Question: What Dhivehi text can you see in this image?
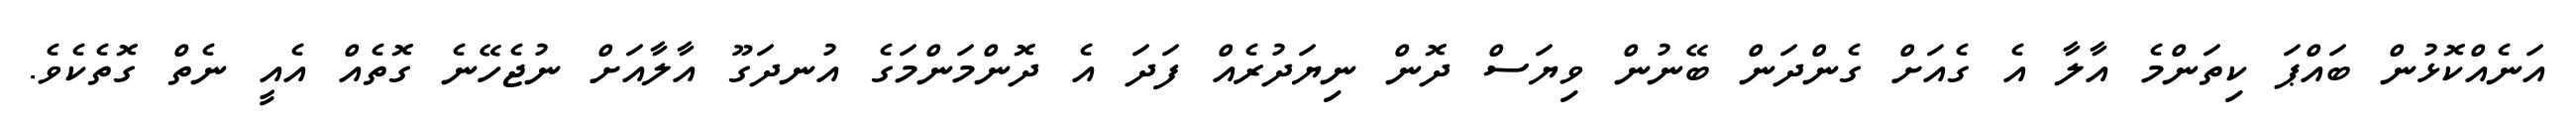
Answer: އަނެއްކޮޅުން ބައްޕަ ކިތަންމެ އާލާ އެ ގެއަށް ގެންދަން ބޭނުން ވިޔަސް ދޮން ނިޔަދުރެއް ފަދަ އެ ދޮންމަންމަގެ އުނދަގޫ އާލާއަށް ނުޖެހޭނެ ގޮތެއް އެއީ ނެތް ގޮތެކެވެ.